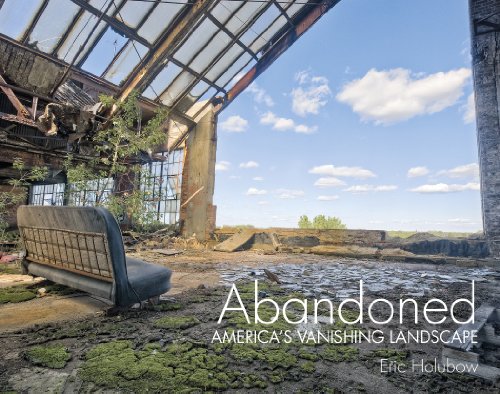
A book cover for Abandoned: America's Vanishing Landscape; Eric Holubow; Arts & Photography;